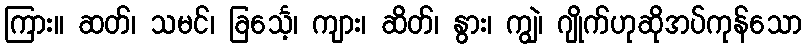
ကြား။ ဆတ်၊ သမင်၊ ခြင်္သေ့၊ ကျား၊ ဆိတ်၊ နွား၊ ကျွဲ၊ ဂျိုက်ဟုဆိုအပ်ကုန်သော